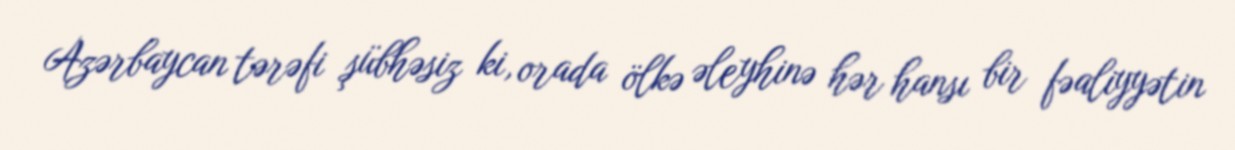
Azərbaycan tərəfi şübhəsiz ki, orada ölkə əleyhinə hər hansı bir fəaliyyətin